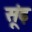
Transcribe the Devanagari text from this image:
सूंढ़